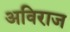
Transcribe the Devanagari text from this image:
अविराज